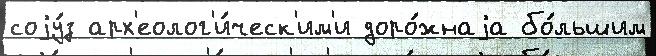
соjу́з арх'еолог'и́ческ'им'и доро́жнаjа бо́льшим